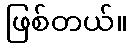
ဖြစ်တယ်။